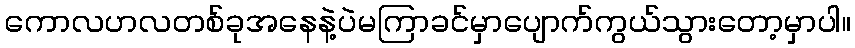
ကောလဟလတစ်ခုအနေနဲ့ပဲမကြာခင်မှာပျောက်ကွယ်သွားတော့မှာပါ။